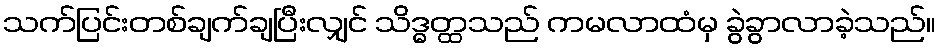
သက်ပြင်းတစ်ချက်ချပြီးလျှင် သိဒ္ဓတ္ထသည် ကမလာထံမှ ခွဲခွာလာခဲ့သည်။